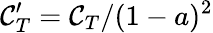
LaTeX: \mathcal{C}_{T}^{\prime}=\mathcal{C}_{T}/(1-a)^{2}